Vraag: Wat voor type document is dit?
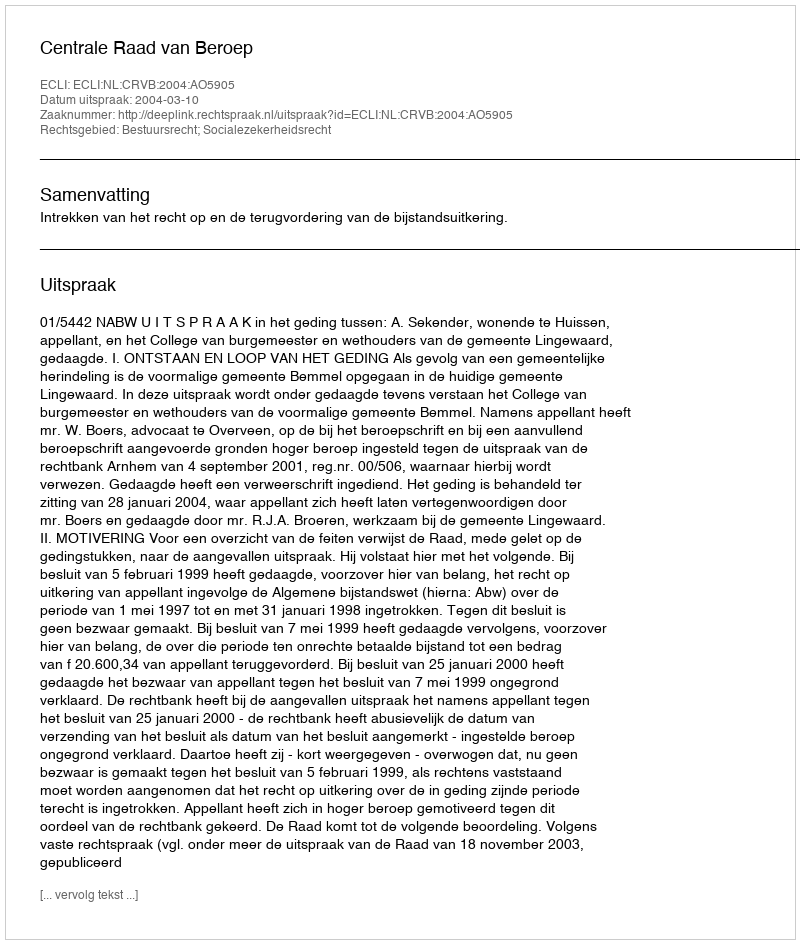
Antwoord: Uitspraak